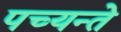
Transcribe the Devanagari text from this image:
पच्यन्ते